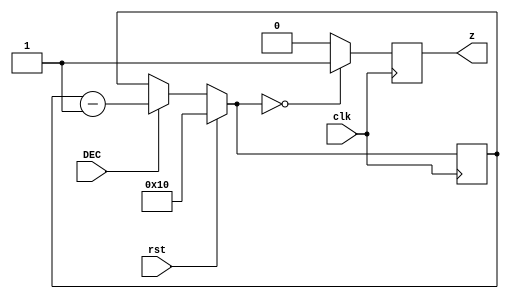
module counter_div (clk , rst, DEC, z);

  input clk;
  input rst;
  input DEC;
  output reg z;

  reg [4:0] cont=16;


always @(negedge clk) begin


  if (rst) 
   cont = 5'b10000; //16
  else
     begin
      if (DEC) cont=cont-1;
      else cont=cont;
     end

 z = (cont==0) ? 1 : 0 ;


end

endmodule